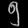
Digit: ၅